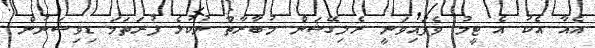
އެއާ އެކު އެ ޓީމު ވެފައިވަނީ ރެލިގޭޝަން މުބާރާތް ނުކުޅެ ފުރަތަމަ ޑިވިޝަނުން